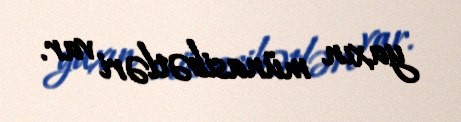
yaxın münasibətləri var.